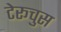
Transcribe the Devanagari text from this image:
टेरूचुस